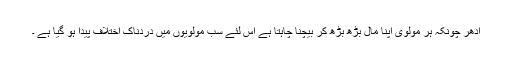
ادھر چونکہ ہر مولوی اپنا مال بڑھ بڑھ کر بیچنا چاہتا ہے اس لئے سب مولویوں میں دردناک اختلاف پیدا ہو گیا ہے ۔